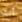
أنت